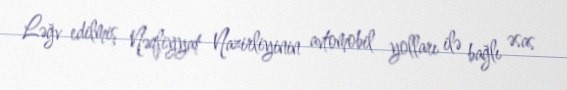
Ləğv edilmiş Nəqliyyat Nazirliyinin avtomobil yolları ilə bağlı əsas